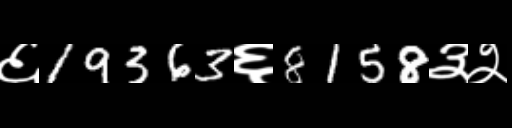
Text: ६19363६8158३२